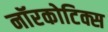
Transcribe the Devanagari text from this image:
नॉरकोटिक्स